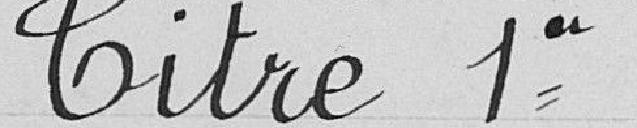
Titre 1er